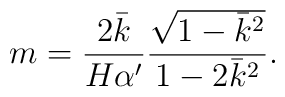
m=\frac{2\bar{k}}{H\alpha'}\frac{\sqrt{1-\bar{k}^2}}{1-2\bar{k}^2}.